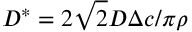
D ^ { * } = 2 \sqrt { 2 } { \cal D } \Delta c / \pi \rho